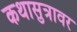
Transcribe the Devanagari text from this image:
कथासुत्रावर